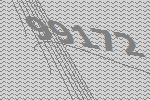
99172